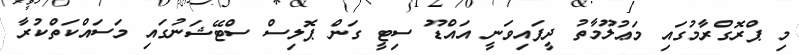
މި ޕްރޮގްރާމުގައި މަޢުލޫމާތު ދީފައިވަނީ އައްޑޫ ސިޓީ ގަން ޕޮލިސް ސްޓޭޝަނުގައި މަސައްކަތްކުރާ